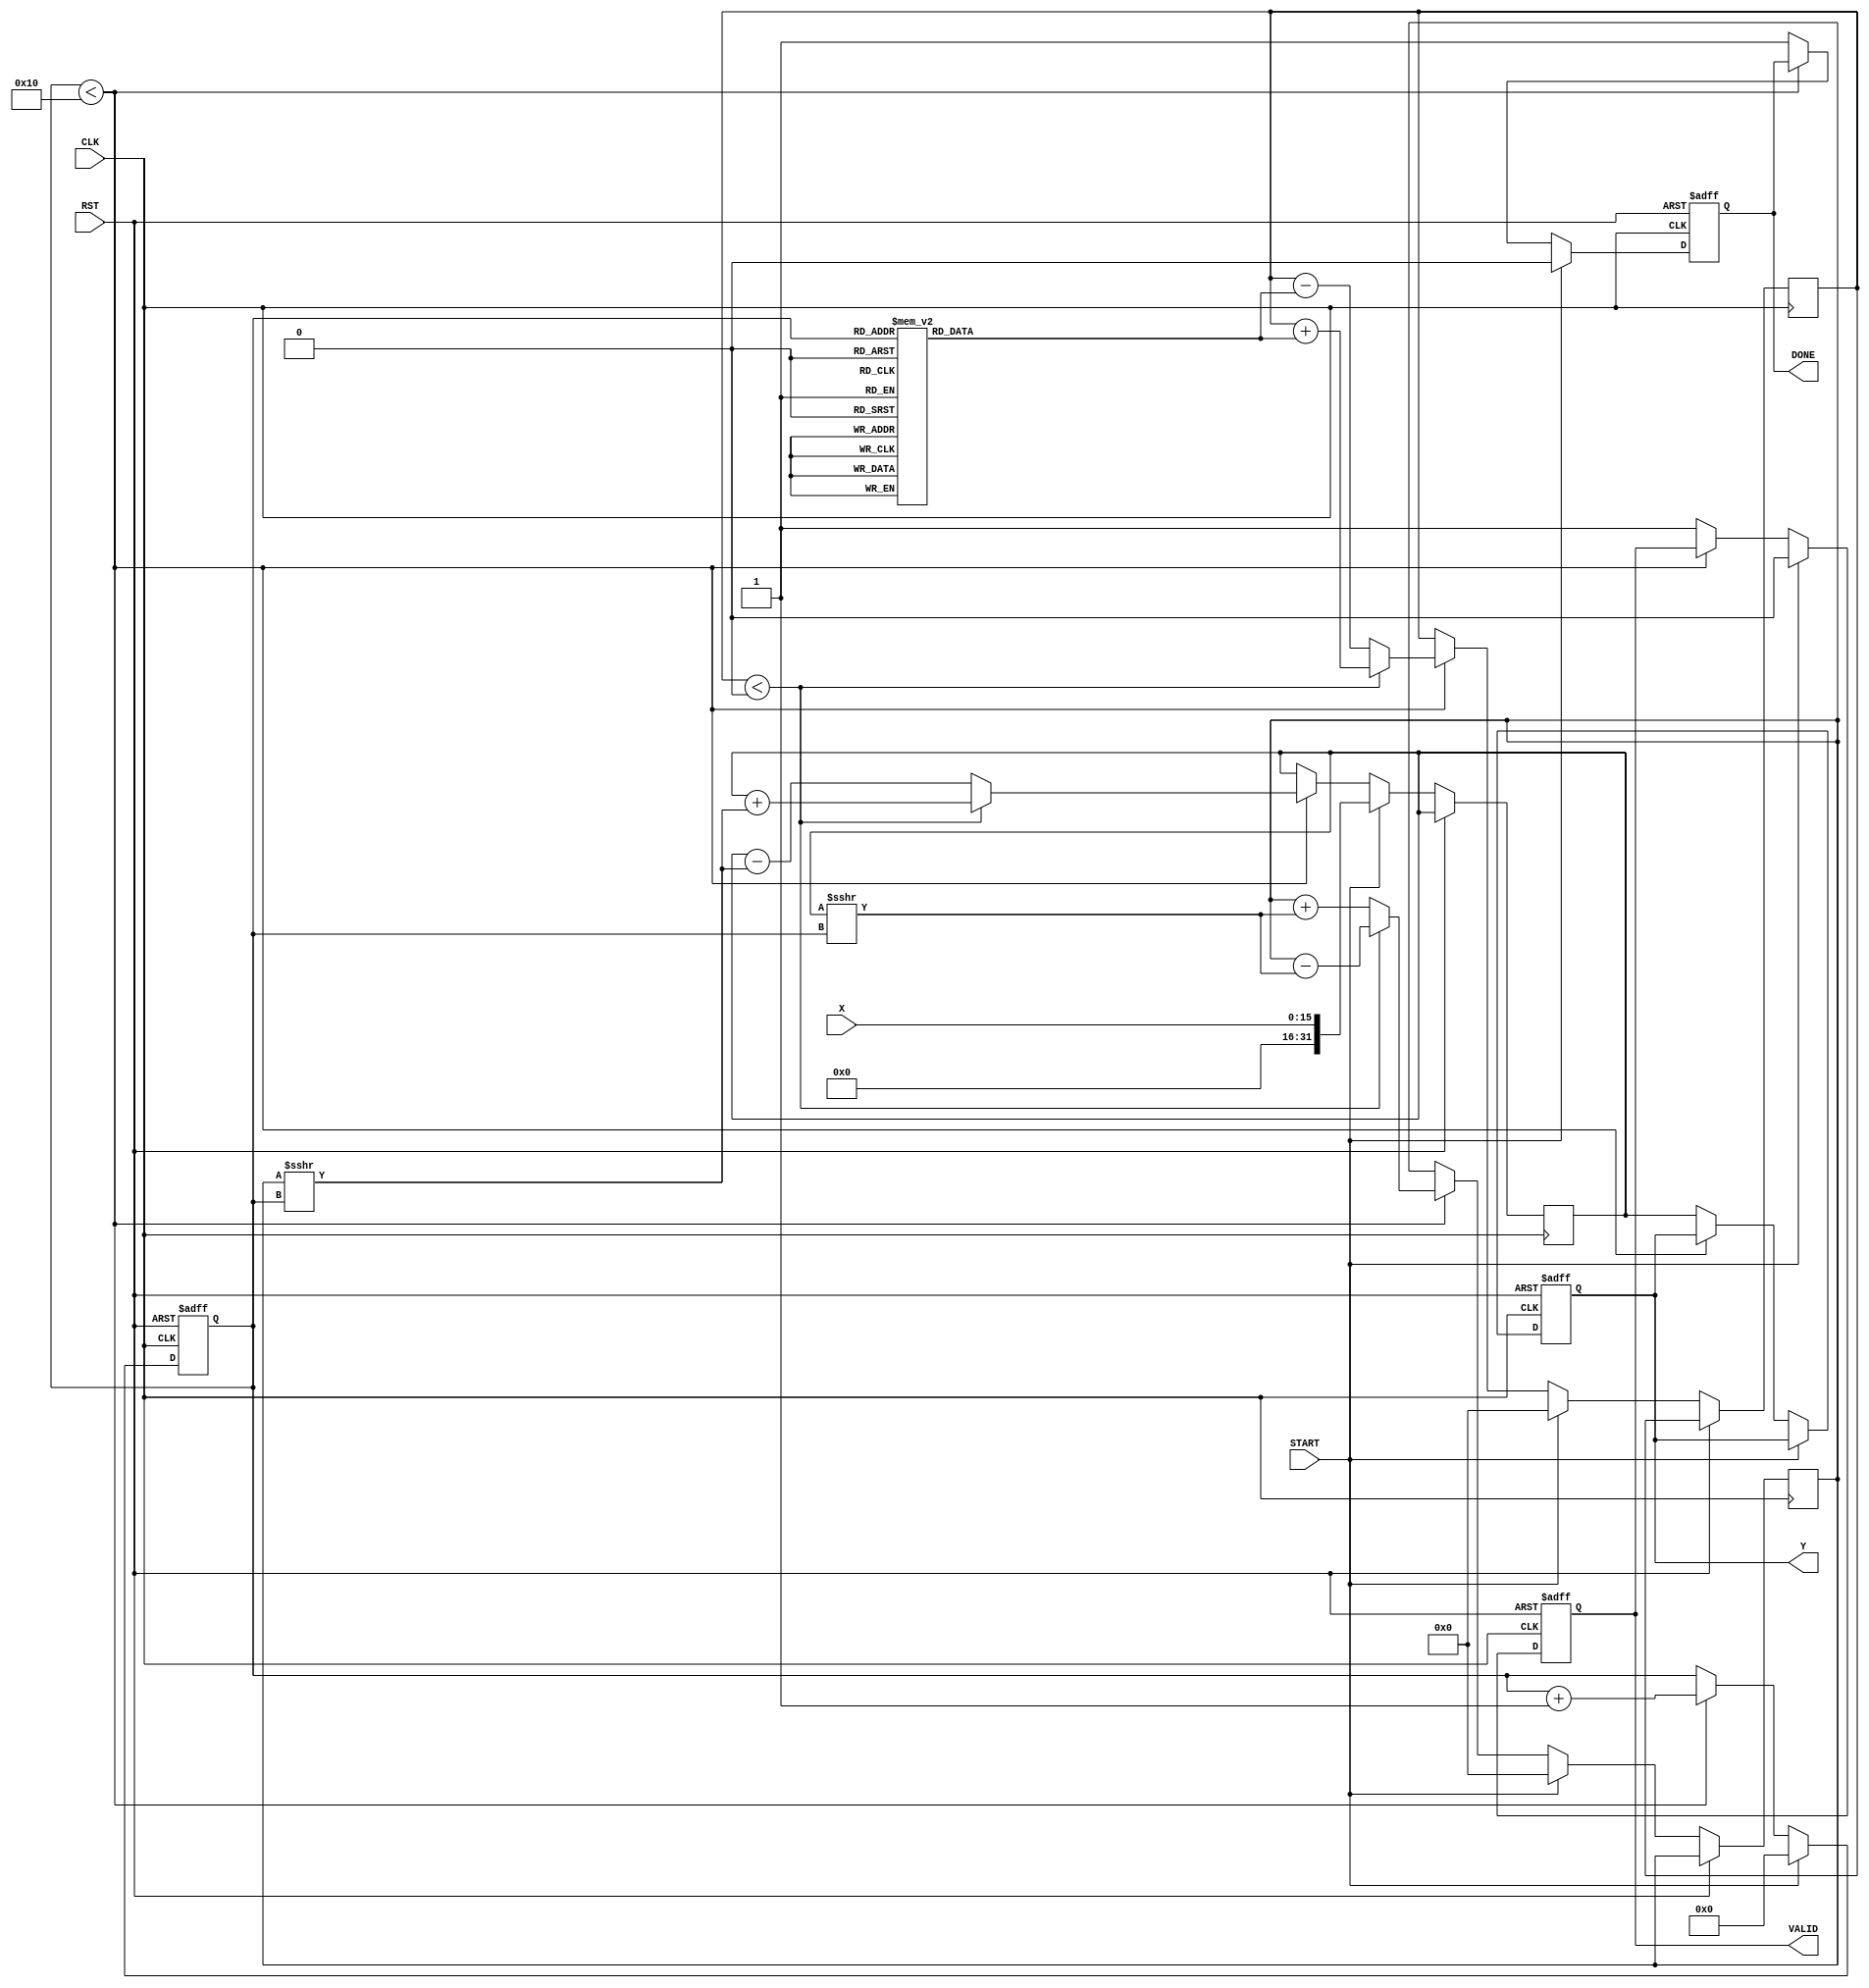
module cordic_reciprocal (
    input wire [15:0] X,         // Input value (fixed-point)
    input wire START,            // Control signal to start computation
    input wire CLK,              // Clock signal
    input wire RST,              // Asynchronous reset
    output reg [31:0] Y,         // Reciprocal value (fixed-point)
    output reg VALID,            // Indicates valid output
    output reg DONE              // Indicates computation done
);

    // Parameters
    parameter NUM_ITERATIONS = 16; // Number of CORDIC iterations
    parameter ANGLE_WIDTH = 16;     // Width of angle values
    parameter FIXED_POINT_WIDTH = 32; // Width of fixed-point values

    // Internal signals
    reg [FIXED_POINT_WIDTH-1:0] z; // Angle accumulator
    reg [FIXED_POINT_WIDTH-1:0] x; // X value (initially set to 1)
    reg [FIXED_POINT_WIDTH-1:0] y; // Y value (initially set to 0)
    reg [3:0] iteration;            // Iteration counter
    reg [FIXED_POINT_WIDTH-1:0] angle_table [0:NUM_ITERATIONS-1]; // Angle lookup table
    reg [FIXED_POINT_WIDTH-1:0] current_x; // Current x value
    reg [FIXED_POINT_WIDTH-1:0] current_y; // Current y value
    reg [FIXED_POINT_WIDTH-1:0] current_z; // Current z value

    // Initialize angle lookup table (arctan(1/2^i))
    initial begin
        angle_table[0] = 32'h00000000; // atan(1) = 0
        angle_table[1] = 32'h0000003F; // atan(1/2) = 0.5
        angle_table[2] = 32'h00000020; // atan(1/4) = 0.25
        angle_table[3] = 32'h00000015; // atan(1/8) = 0.125
        // Fill in remaining angles...
        // Note: These values should be in fixed-point format.
    end

    // Asynchronous reset
    always @(posedge CLK or posedge RST) begin
        if (RST) begin
            Y <= 0;
            VALID <= 0;
            DONE <= 0;
            iteration <= 0;
            x <= 32'h00000000; // Initialize x
            y <= 32'h00000000; // Initialize y
            z <= 32'h00000000; // Initialize z
        end else if (START) begin
            // Load input value and initialize
            current_x <= X;
            current_y <= 32'h00000000; // Initial y
            current_z <= 32'h00000000; // Initial z
            iteration <= 0;
            VALID <= 0;
            DONE <= 0;
        end else if (iteration < NUM_ITERATIONS) begin
            // CORDIC iteration
            if (current_z < 0) begin
                // Rotate clockwise
                current_x <= current_x + (current_y >>> iteration);
                current_y <= current_y - (current_x >>> iteration);
                current_z <= current_z + angle_table[iteration];
            end else begin
                // Rotate counter-clockwise
                current_x <= current_x - (current_y >>> iteration);
                current_y <= current_y + (current_x >>> iteration);
                current_z <= current_z - angle_table[iteration];
            end
            iteration <= iteration + 1;
        end else begin
            // Computation done
            Y <= current_x; // The reciprocal is stored in current_x
            VALID <= 1;
            DONE <= 1;
        end
    end

endmodule